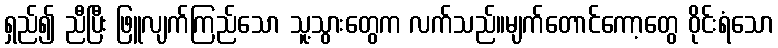
ရှည်၍ ညီပြီး ဖြူလျက်ကြည်သော သူ့သွားတွေက လက်သည်။မျက်တောင်ကော့တွေ ဝိုင်းရံသော